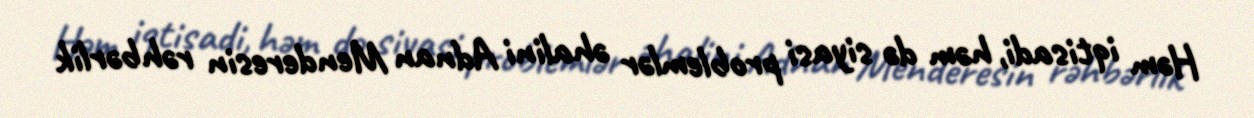
Həm iqtisadi, həm də siyasi problemlər əhalini Adnan Menderesin rəhbərlik